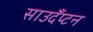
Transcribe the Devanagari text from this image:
साउदँप्टन